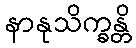
နာနုသိက္ခန္တိ